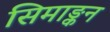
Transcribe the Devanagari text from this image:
सिमाङ्कन